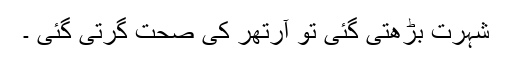
شہرت بڑھتی گئی تو آرتھر کی صحت گرتی گئی ۔